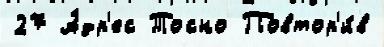
27 А́др'ес Тосно Повтор'и́в